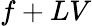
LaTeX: f+LV